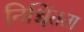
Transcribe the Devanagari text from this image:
निश्चिंतता